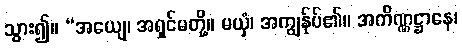
သွား၍။ “အယျေ၊ အရှင်မတို့။ မယှံ၊ အကျွန်ုပ်၏။ အကိဏ္ဏဋ္ဌာနေ၊